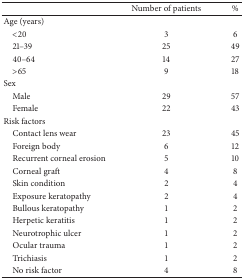
<table><thead><tr><td><b> </b></td><td><b>Number of patients</b></td><td><b>%</b></td></tr></thead><tbody><tr><td>Age (years)</td><td> </td><td> </td></tr><tr><td> &lt;20</td><td>3</td><td>6</td></tr><tr><td> 21–39</td><td>25</td><td>49</td></tr><tr><td> 40–64</td><td>14</td><td>27</td></tr><tr><td> &gt;65</td><td>9</td><td>18</td></tr><tr><td>Sex</td><td> </td><td> </td></tr><tr><td> Male</td><td>29</td><td>57</td></tr><tr><td> Female</td><td>22</td><td>43</td></tr><tr><td>Risk factors</td><td> </td><td> </td></tr><tr><td> Contact lens wear</td><td>23</td><td>45</td></tr><tr><td> Foreign body</td><td>6</td><td>12</td></tr><tr><td> Recurrent corneal erosion</td><td>5</td><td>10</td></tr><tr><td> Corneal graft</td><td>4</td><td>8</td></tr><tr><td> Skin condition</td><td>2</td><td>4</td></tr><tr><td> Exposure keratopathy</td><td>2</td><td>4</td></tr><tr><td> Bullous keratopathy</td><td>1</td><td>2</td></tr><tr><td> Herpetic keratitis</td><td>1</td><td>2</td></tr><tr><td> Neurotrophic ulcer</td><td>1</td><td>2</td></tr><tr><td> Ocular trauma</td><td>1</td><td>2</td></tr><tr><td> Trichiasis</td><td>1</td><td>2</td></tr><tr><td> No risk factor</td><td>4</td><td>8</td></tr></tbody></table>